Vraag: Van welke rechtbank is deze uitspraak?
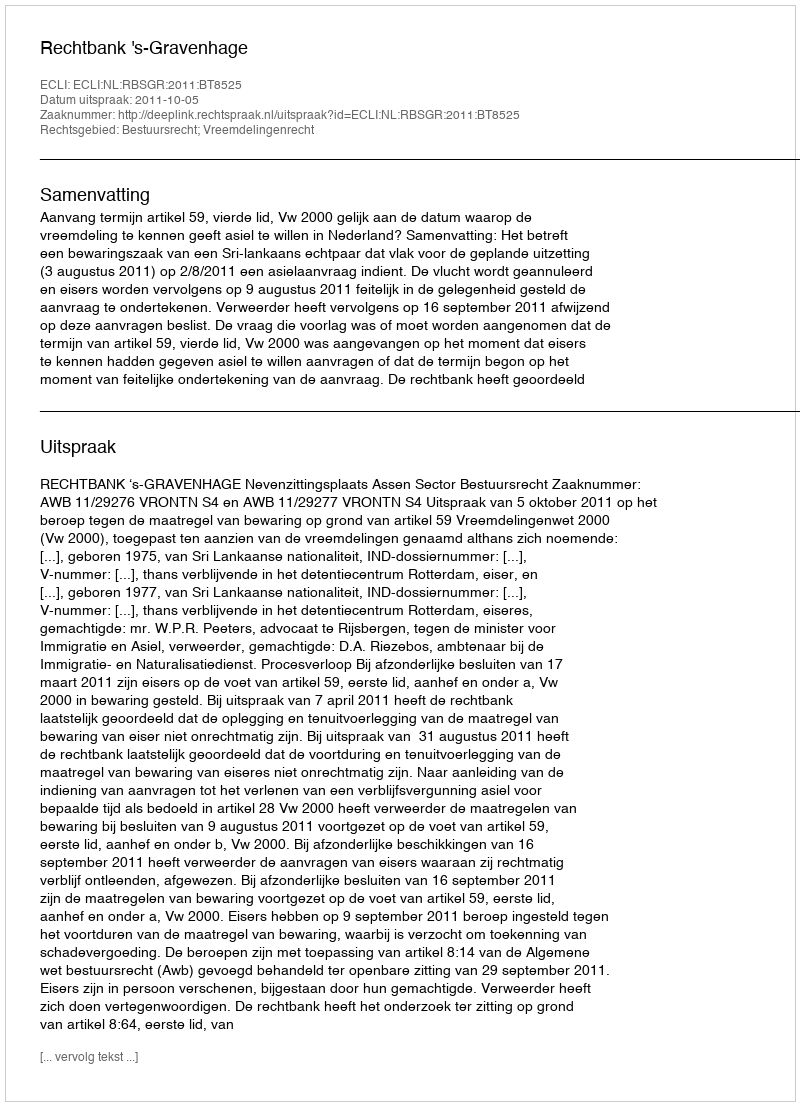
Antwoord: Rechtbank 's-Gravenhage